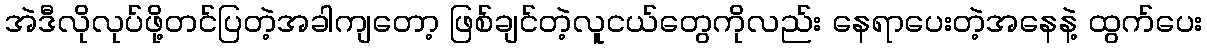
အဲဒီလိုလုပ်ဖို့တင်ပြတဲ့အခါကျတော့ ဖြစ်ချင်တဲ့လူငယ်တွေကိုလည်း နေရာပေးတဲ့အနေနဲ့ ထွက်ပေး